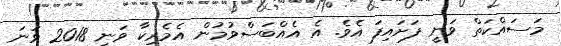
މަސައްކަތް ވަނީ ފަށައިފަ އެވެ. އެ އެއްބަސްވުމުން އެމެރިކާ ވަނީ 2018 ވަނަ